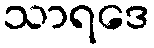
သာရဒေ